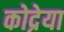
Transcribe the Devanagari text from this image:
कोद्रेया